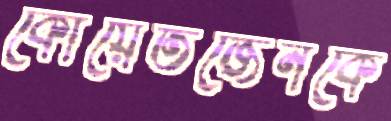
কোয়ের্তজেনকে